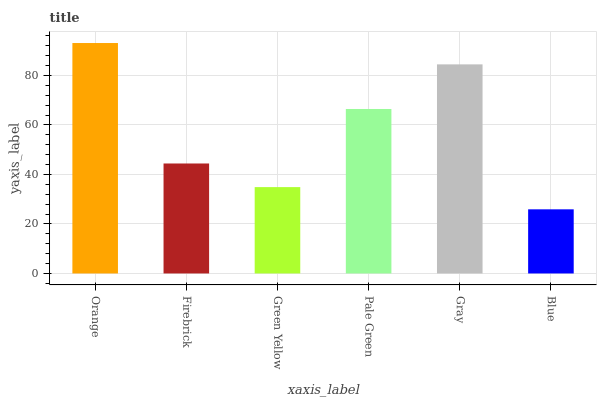
| xaxis_label | bars |
 | --- | --- |
 | Orange | 93.1 |
 | Firebrick | 44.4 |
 | Green Yellow | 34.9 |
 | Pale Green | 66.4 |
 | Gray | 84.5 |
 | Blue | 25.9 |